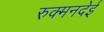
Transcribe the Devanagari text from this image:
रुक्मनदेई